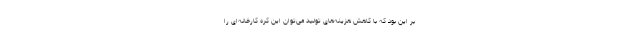
بر این بود که با کاهش هزینه‌های تولید می‌توان این کره کارخانه‌ای را